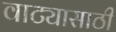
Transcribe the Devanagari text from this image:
वाट्यासाठी